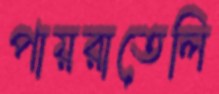
পায়রাতেলি